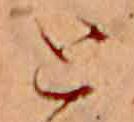
と